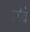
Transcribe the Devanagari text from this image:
लोव्रे